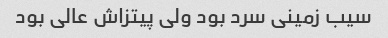
سیب زمینی سرد بود ولی پیتزاش عالی بود